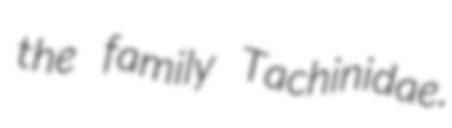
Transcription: the family Tachinidae.